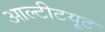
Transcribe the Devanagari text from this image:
आल्टीटयूट